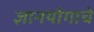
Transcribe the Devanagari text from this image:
ज्ञानयोगाचे